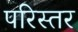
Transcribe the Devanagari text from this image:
परिस्तर